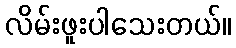
လိမ်းဖူးပါသေးတယ်။